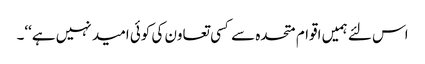
اس لئے ہمیں اقوام متحدہ سے کسی تعاون کی کوئی امید نہیں ہے‘‘۔